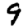
Digit: 9